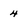
Character: 4